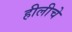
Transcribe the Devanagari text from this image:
हीलीचे